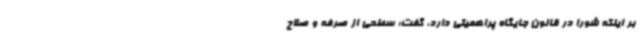
بر اینکه شورا در قانون جایگاه پراهمیتی دارد، گفت: سطحی از صرفه و صلاح